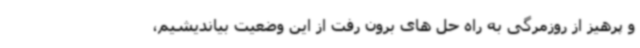
و پرهیز از روزمرگی به راه حل های برون رفت از این وضعیت بیاندیشیم،